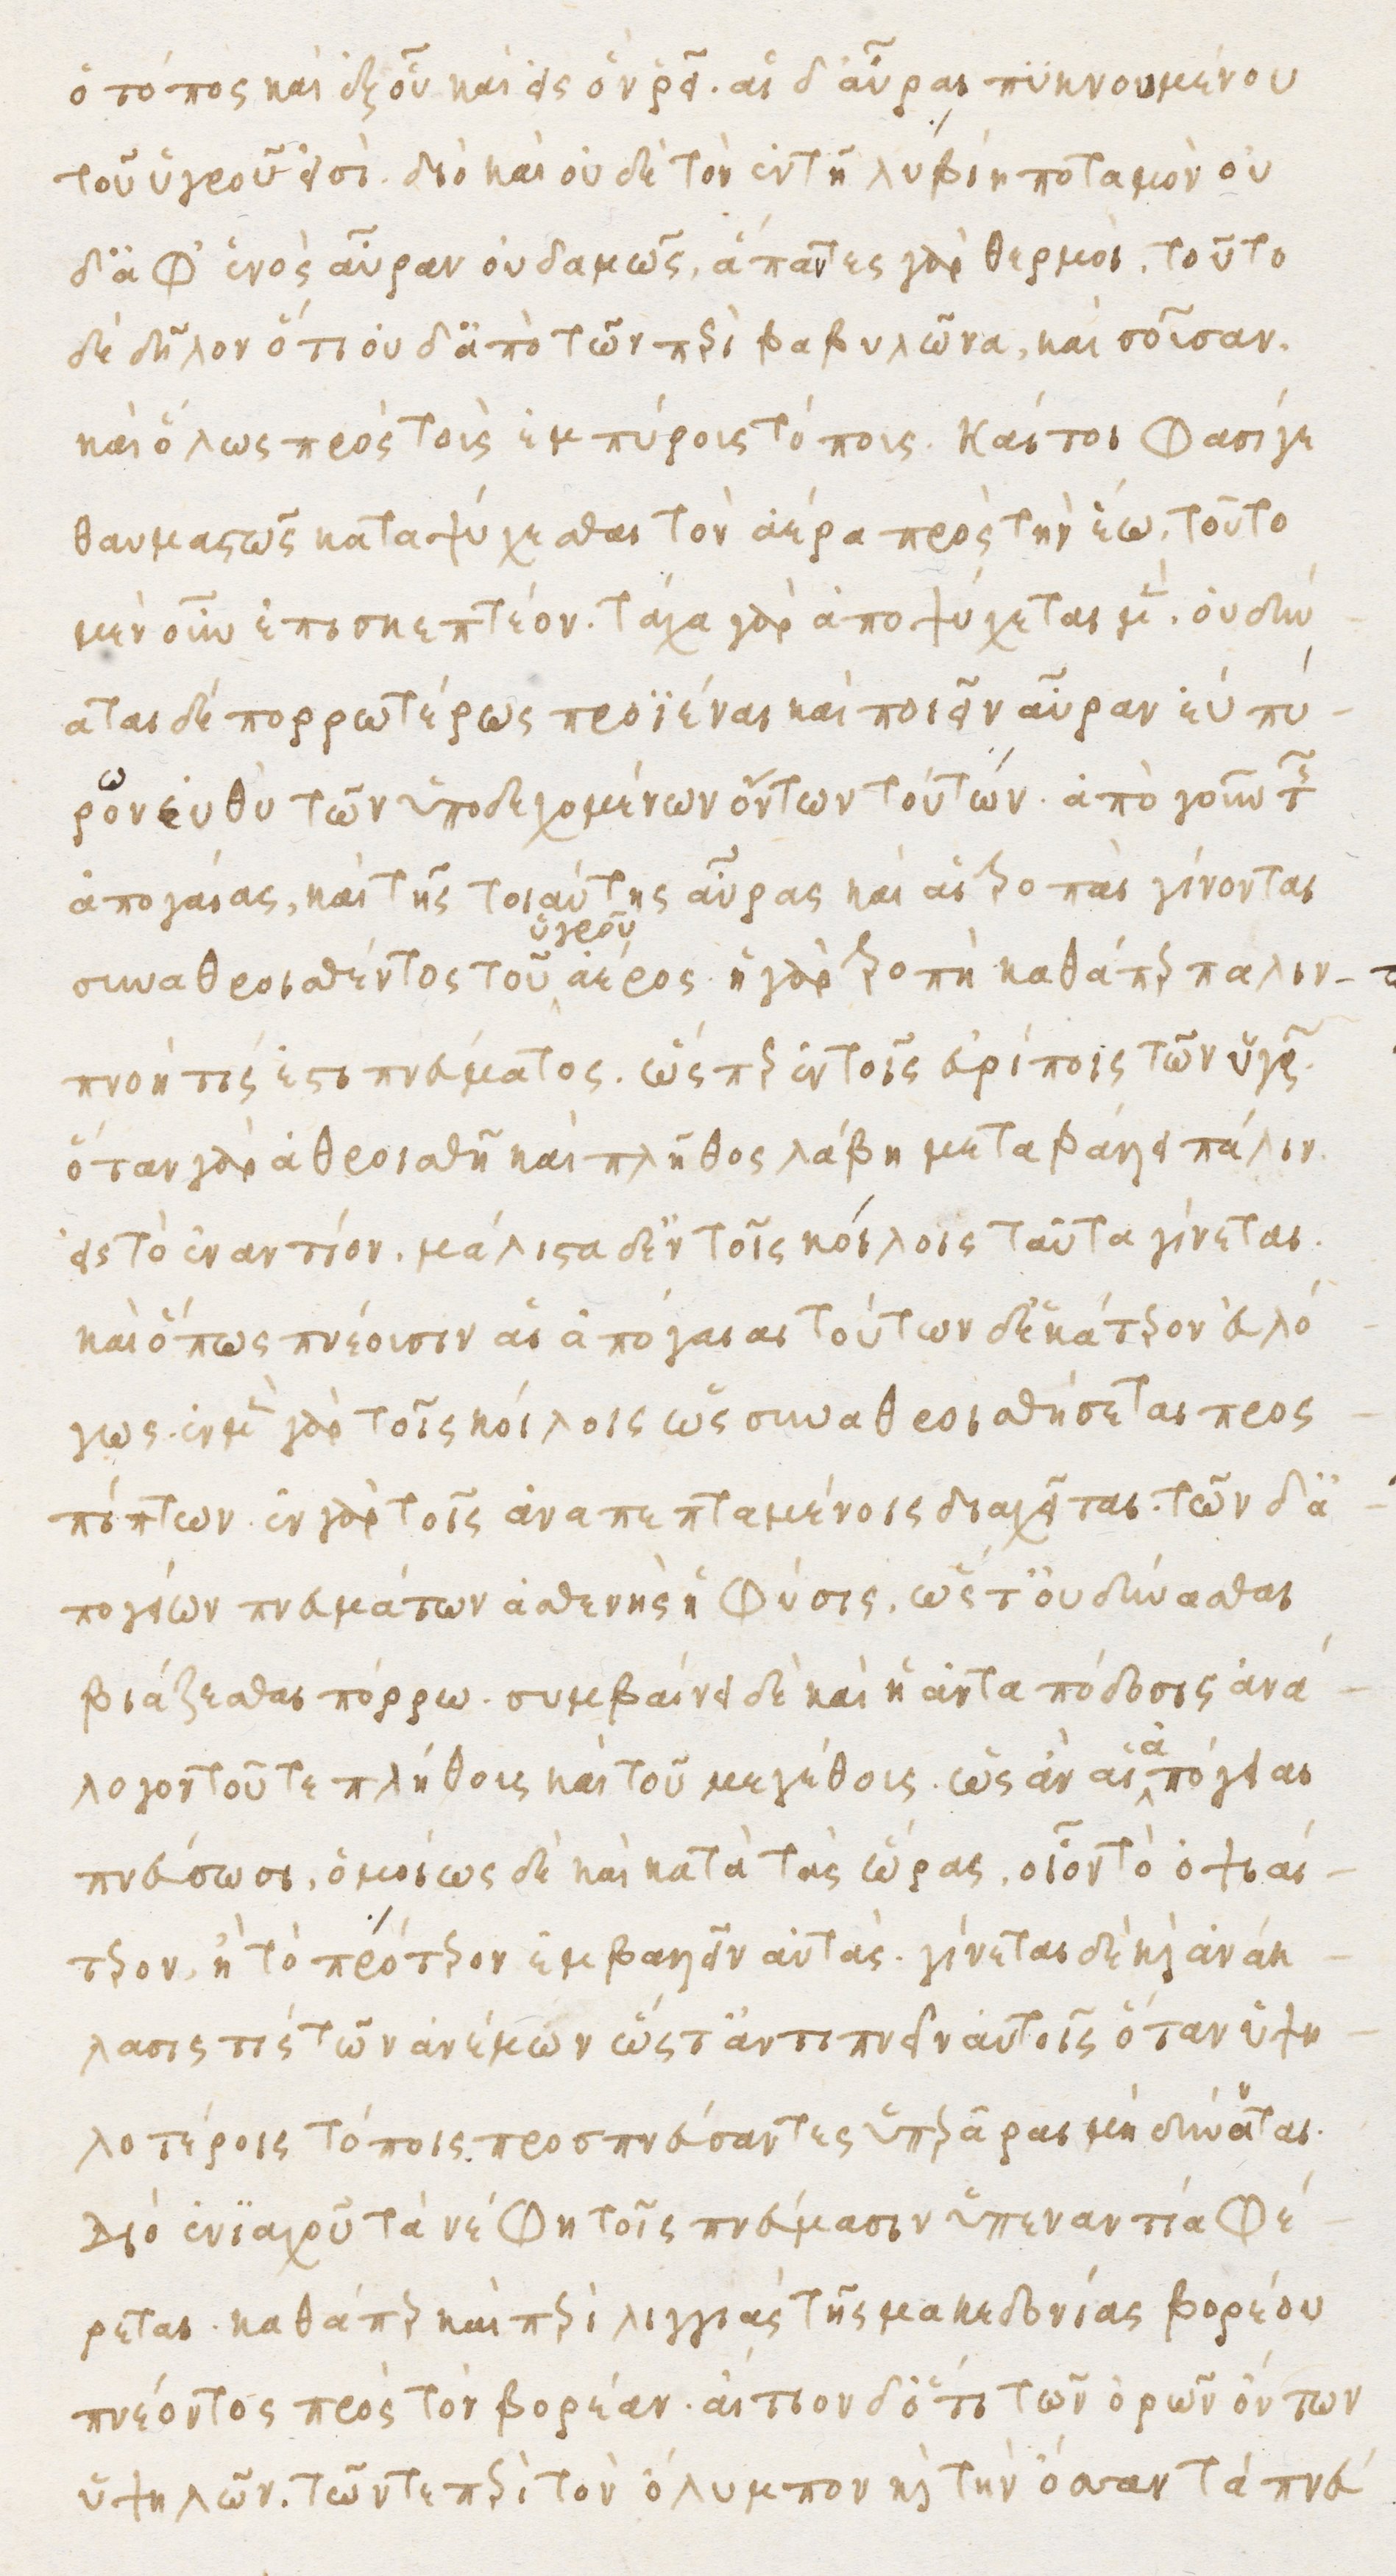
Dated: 1480–1497